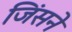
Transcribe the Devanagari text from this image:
जिंसने